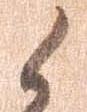
候